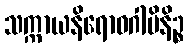
သက္ကာယနိရောဓဂါမိနိဉ္စ